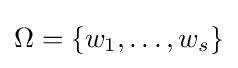
\textstyle \Omega =\{w_{1},\ldots ,w_{s}\}